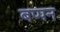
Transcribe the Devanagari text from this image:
बप्पन